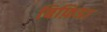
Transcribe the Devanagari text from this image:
बिफ़िडा